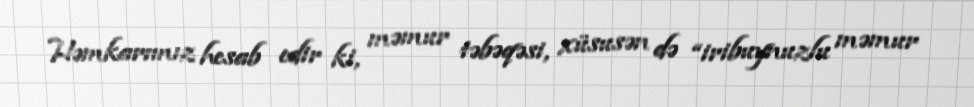
Həmkarımız hesab edir ki, məmur təbəqəsi, xüsusən də “iribuynuzlu məmur